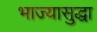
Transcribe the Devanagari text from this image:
भाज्यासुद्धा